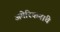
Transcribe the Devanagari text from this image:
अमेरिकनांचे